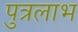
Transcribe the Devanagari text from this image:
पुत्रलाभ